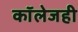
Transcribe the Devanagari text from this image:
काॅलेजही